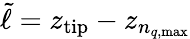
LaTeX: \tilde{\ell}=z_{\mathrm{tip}}-z_{n_{q,\mathrm{max}}}